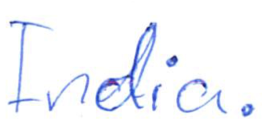
Text: India.
Cross-out: clean
Writing tool: ballpoint